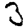
Digit: 3